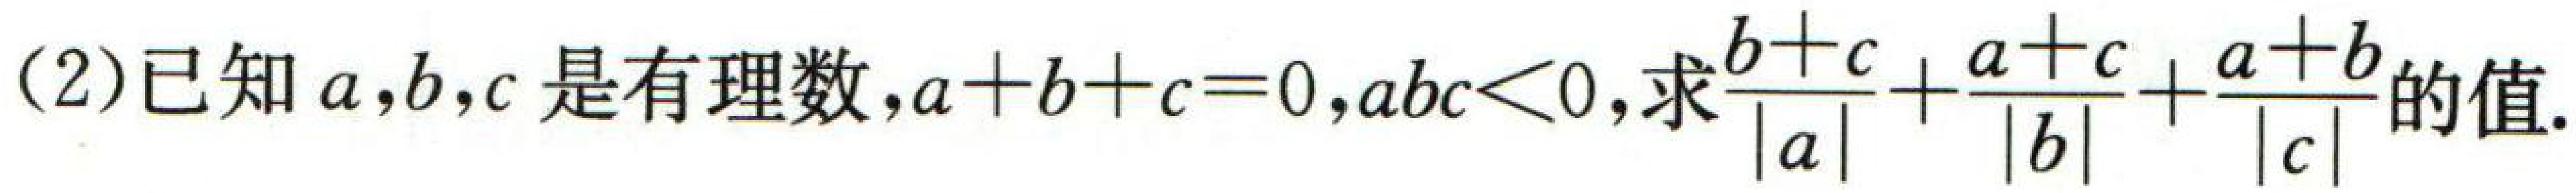
(2)已知\(a,b,c\)是有理数，\(a + b + c = 0\)，\(abc<0\)，求\(\frac{b + c}{\vert a\vert}+\frac{a + c}{\vert b\vert}+\frac{a + b}{\vert c\vert}\)的值.